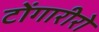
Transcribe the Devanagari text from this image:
टोंगारीरो